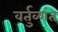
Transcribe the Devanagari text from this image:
वर्तुळांत